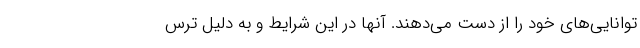
توانایی‌های خود را از دست می‌دهند. آنها در این شرایط و به دلیل ترس